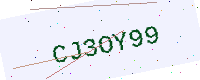
Text: CJ3OY99